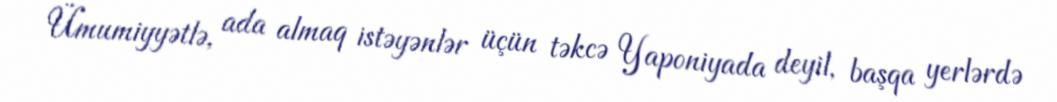
Ümumiyyətlə, ada almaq istəyənlər üçün təkcə Yaponiyada deyil, başqa yerlərdə